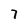
Character: 7